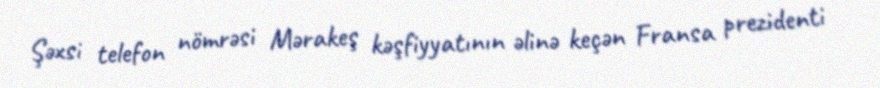
Şəxsi telefon nömrəsi Mərakeş kəşfiyyatının əlinə keçən Fransa prezidenti